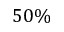
5 0 \%